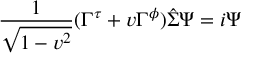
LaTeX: { \frac { 1 } { \sqrt { 1 - v ^ { 2 } } } } ( \Gamma ^ { \tau } + v \Gamma ^ { \phi } ) \hat { \Sigma } \Psi = i \Psi